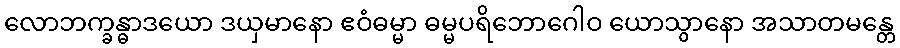
လောဘက္ခန္ဓာဒယော ဒယှမာနော ဧဝံဓမ္မာ ဓမ္မပရိဘောဂေါဝ ယောသွာနော အသာတမန္တေ